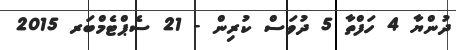
ދުންޔާ 4 ހަފްތާ 5 ދުވަސް ކުރިން - 21 ސެޕްޓެމްބަރ 2015